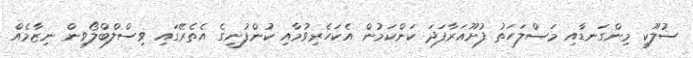
ސުލޫކީ މިންގަނޑާއި މަސްލަހަތު ފުށޫއަރާފަދަ ކަންކަމުން އެކަހެރިވުމާއި ކުންފުނީގެ އެތެރޭގައި ވިސްލްބްލޯވިން ނިޒާމެއް